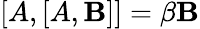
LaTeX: [A,[A,\mathbf{B}]]=\beta\mathbf{B}